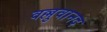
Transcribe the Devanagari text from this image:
वल्लुवानद